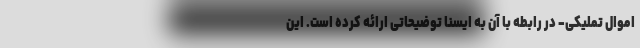
اموال تملیکی- در رابطه با آن به ایسنا توضیحاتی ارائه کرده است. این